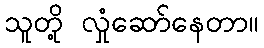
သူတို့ လှုံဆော်နေတာ။